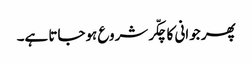
پھر جوانی کا چکّر شروع ہوجاتا ہے۔